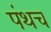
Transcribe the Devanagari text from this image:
पंथच